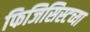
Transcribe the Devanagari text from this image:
फिजिसिस्टच्या